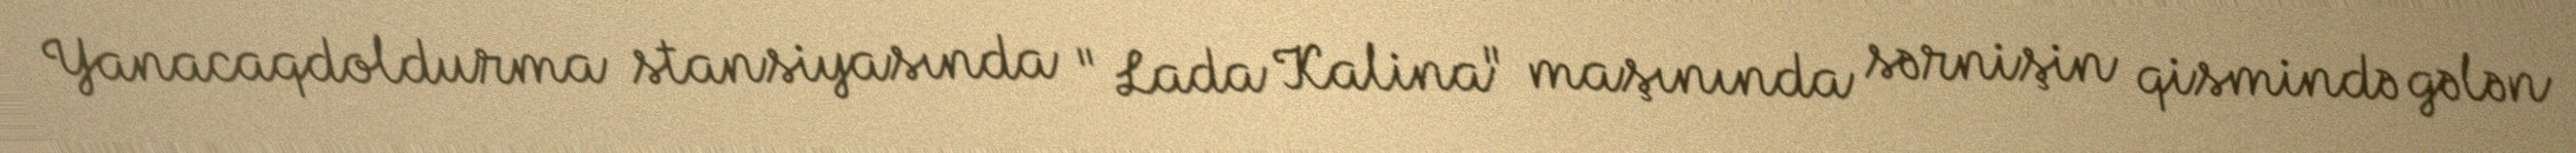
Yanacaqdoldurma stansiyasında "Lada Kalina" maşınında sərnişin qismində gələn